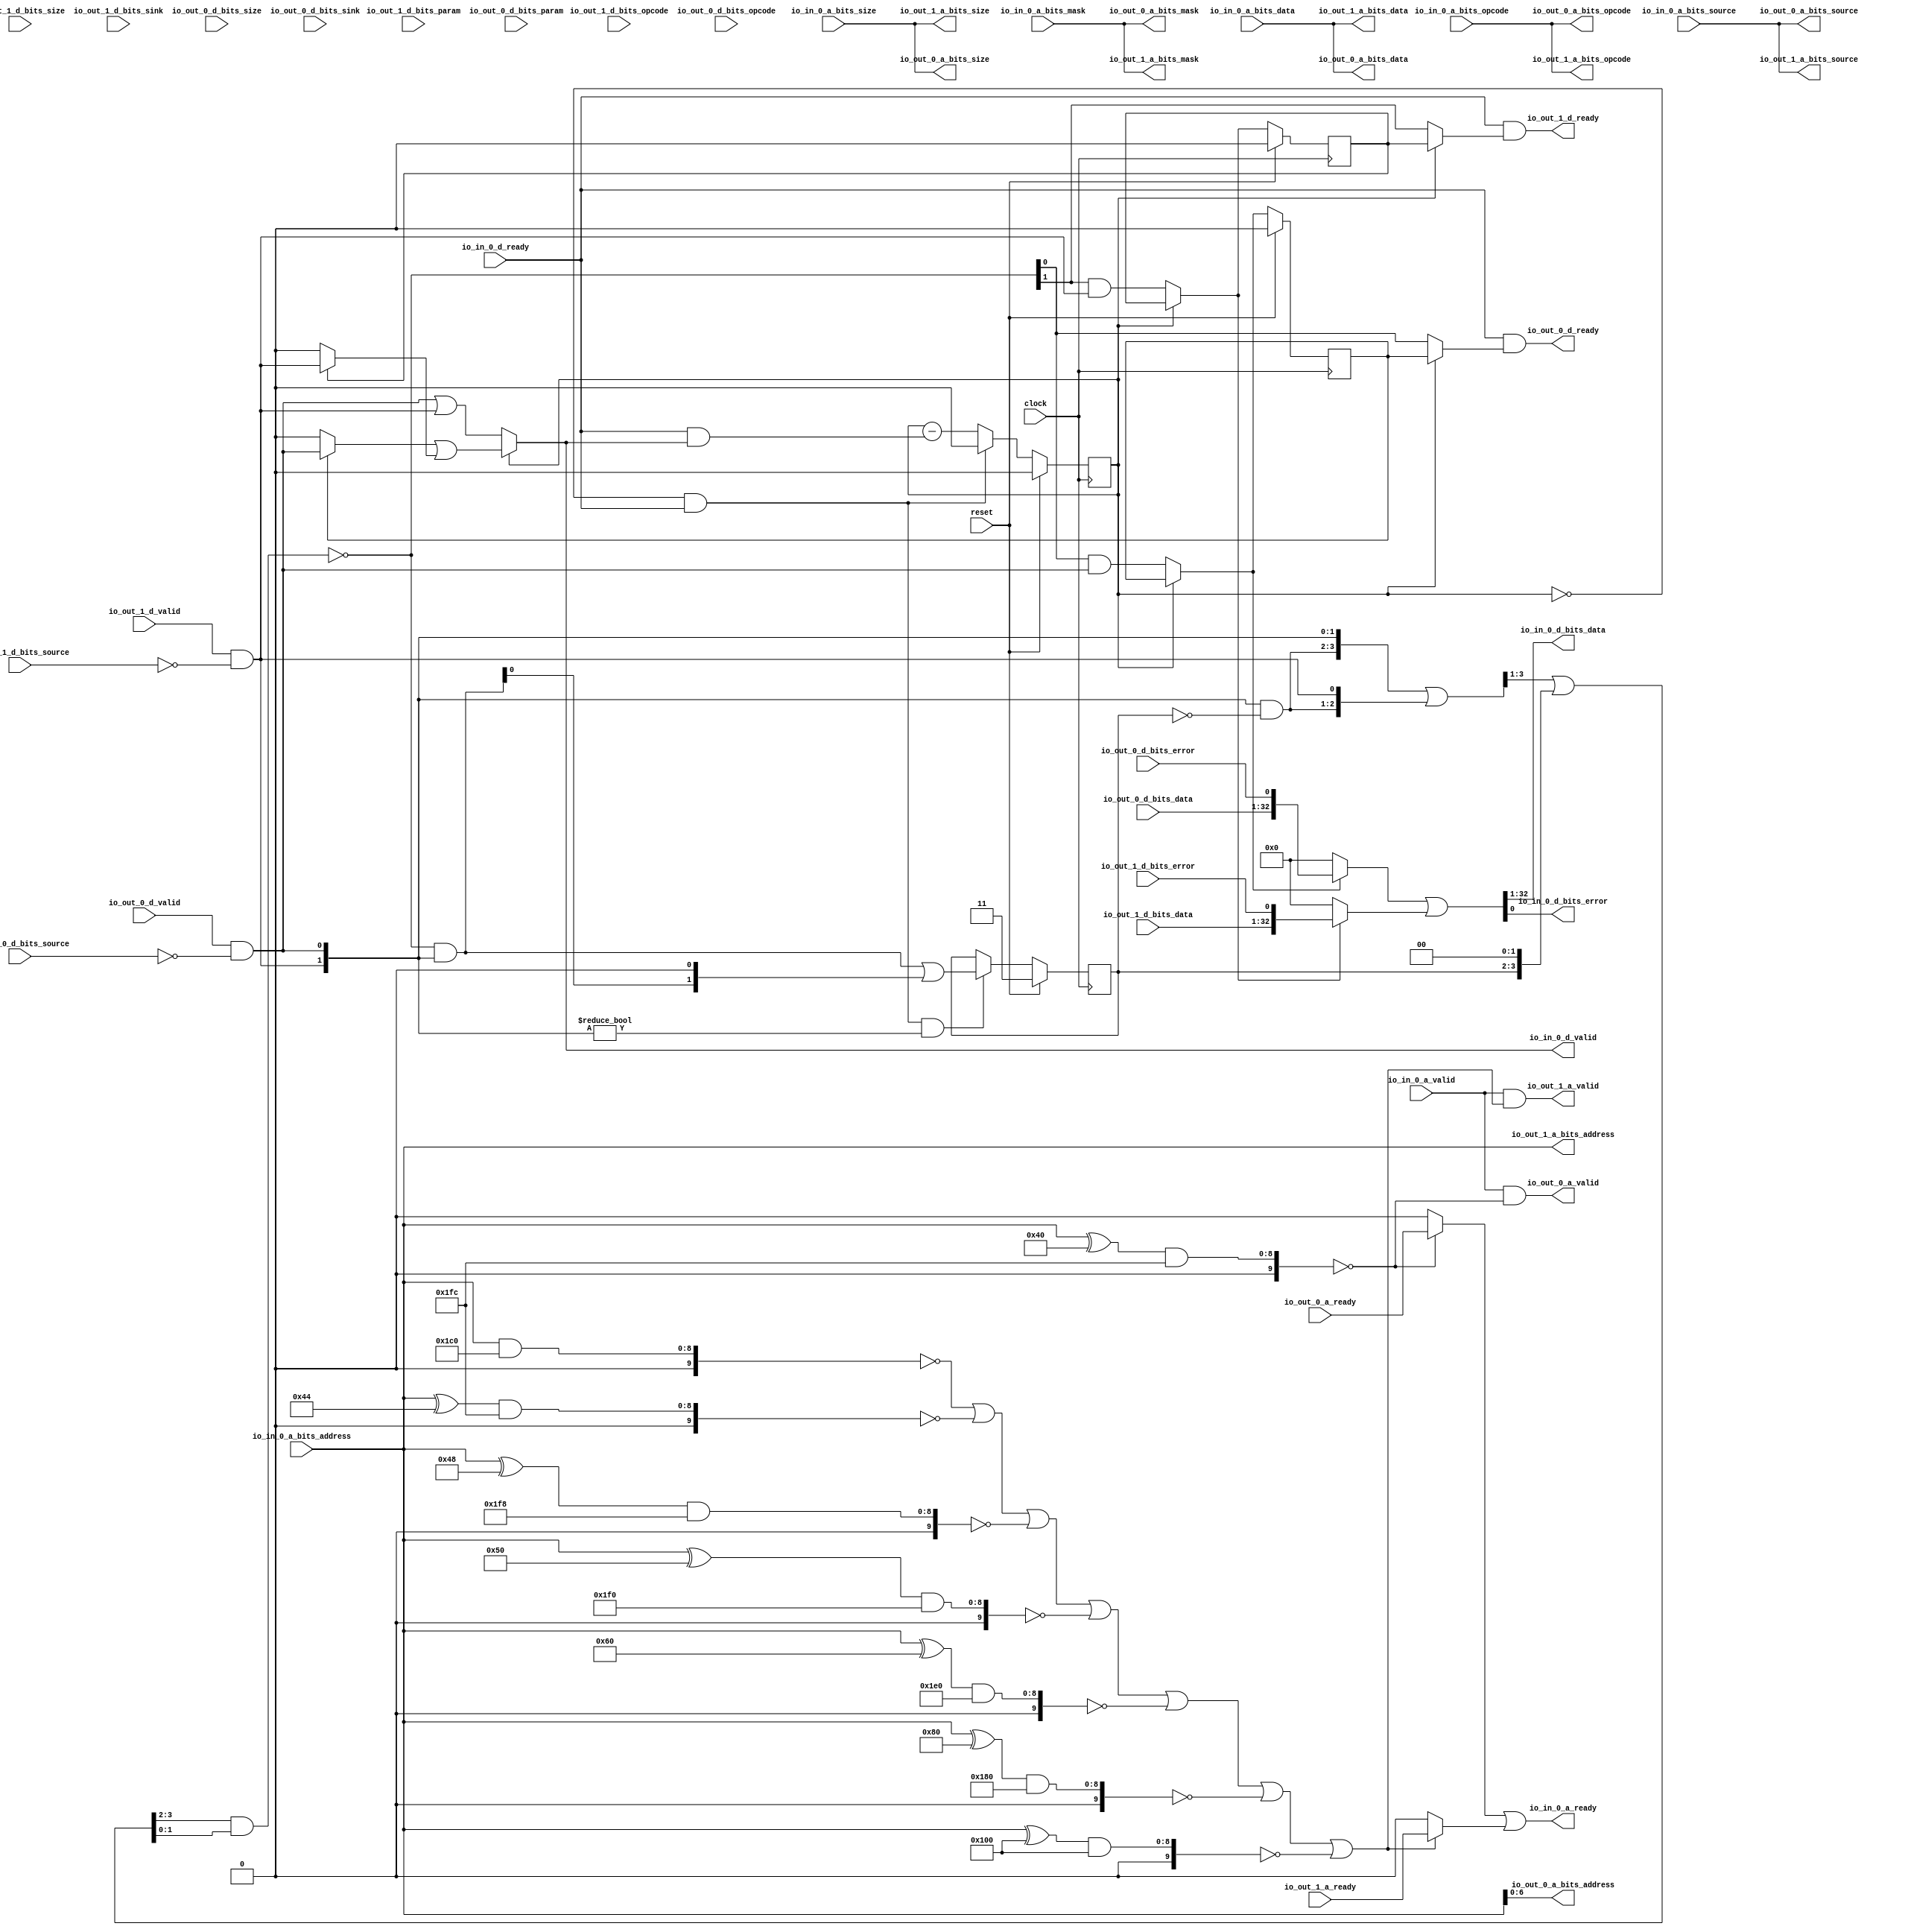
// Copyright (c) 2017, Microsemi Corporation
// All rights reserved.
//
// Redistribution and use in source and binary forms, with or without
// modification, are permitted provided that the following conditions are met:
//     * Redistributions of source code must retain the above copyright
//       notice, this list of conditions and the following disclaimer.
//     * Redistributions in binary form must reproduce the above copyright
//       notice, this list of conditions and the following disclaimer in the
//       documentation and/or other materials provided with the distribution.
//     * Neither the name of the <organization> nor the
//       names of its contributors may be used to endorse or promote products
//       derived from this software without specific prior written permission.
//
// THIS SOFTWARE IS PROVIDED BY THE COPYRIGHT HOLDERS AND CONTRIBUTORS "AS IS" AND
// ANY EXPRESS OR IMPLIED WARRANTIES, INCLUDING, BUT NOT LIMITED TO, THE IMPLIED
// WARRANTIES OF MERCHANTABILITY AND FITNESS FOR A PARTICULAR PURPOSE ARE
// DISCLAIMED. IN NO EVENT SHALL MICROSEMI CORPORATIONM BE LIABLE FOR ANY
// DIRECT, INDIRECT, INCIDENTAL, SPECIAL, EXEMPLARY, OR CONSEQUENTIAL DAMAGES
// (INCLUDING, BUT NOT LIMITED TO, PROCUREMENT OF SUBSTITUTE GOODS OR SERVICES;
// LOSS OF USE, DATA, OR PROFITS; OR BUSINESS INTERRUPTION) HOWEVER CAUSED AND
// ON ANY THEORY OF LIABILITY, WHETHER IN CONTRACT, STRICT LIABILITY, OR TORT
// (INCLUDING NEGLIGENCE OR OTHERWISE) ARISING IN ANY WAY OUT OF THE USE OF THIS
// SOFTWARE, EVEN IF ADVISED OF THE POSSIBILITY OF SUCH DAMAGE.
//
// APACHE LICENSE
// Copyright (c) 2017, Microsemi Corporation 
//
// Licensed under the Apache License, Version 2.0 (the "License");
// you may not use this file except in compliance with the License.
// You may obtain a copy of the License at
//
//    http://www.apache.org/licenses/LICENSE-2.0
//
// Unless required by applicable law or agreed to in writing, software
// distributed under the License is distributed on an "AS IS" BASIS,
// WITHOUT WARRANTIES OR CONDITIONS OF ANY KIND, either express or implied.
// See the License for the specific language governing permissions and
// limitations under the License.
//
// Description:
//
// SVN Revision Information:
// SVN $Revision: $
// SVN $Date: $
//
// Resolved SARs
// SAR      Date     Who   Description
//
// Notes:
//
// ****************************************************************************/
`define RANDOMIZE
`timescale 1ns/10ps
module PROC_SUBSYSTEM_MIV_RV32IMA_L1_AHB_0_MIV_RV32IMA_L1_AHB_TL_XBAR_DMI_XBAR(
  input         clock,
  input         reset,
  output        io_in_0_a_ready,
  input         io_in_0_a_valid,
  input  [2:0]  io_in_0_a_bits_opcode,
  input  [1:0]  io_in_0_a_bits_size,
  input         io_in_0_a_bits_source,
  input  [8:0]  io_in_0_a_bits_address,
  input  [3:0]  io_in_0_a_bits_mask,
  input  [31:0] io_in_0_a_bits_data,
  input         io_in_0_d_ready,
  output        io_in_0_d_valid,
  output [31:0] io_in_0_d_bits_data,
  output        io_in_0_d_bits_error,
  input         io_out_1_a_ready,
  output        io_out_1_a_valid,
  output [2:0]  io_out_1_a_bits_opcode,
  output [1:0]  io_out_1_a_bits_size,
  output        io_out_1_a_bits_source,
  output [8:0]  io_out_1_a_bits_address,
  output [3:0]  io_out_1_a_bits_mask,
  output [31:0] io_out_1_a_bits_data,
  output        io_out_1_d_ready,
  input         io_out_1_d_valid,
  input  [2:0]  io_out_1_d_bits_opcode,
  input  [1:0]  io_out_1_d_bits_param,
  input  [1:0]  io_out_1_d_bits_size,
  input         io_out_1_d_bits_source,
  input         io_out_1_d_bits_sink,
  input  [31:0] io_out_1_d_bits_data,
  input         io_out_1_d_bits_error,
  input         io_out_0_a_ready,
  output        io_out_0_a_valid,
  output [2:0]  io_out_0_a_bits_opcode,
  output [1:0]  io_out_0_a_bits_size,
  output        io_out_0_a_bits_source,
  output [6:0]  io_out_0_a_bits_address,
  output [3:0]  io_out_0_a_bits_mask,
  output [31:0] io_out_0_a_bits_data,
  output        io_out_0_d_ready,
  input         io_out_0_d_valid,
  input  [2:0]  io_out_0_d_bits_opcode,
  input  [1:0]  io_out_0_d_bits_param,
  input  [1:0]  io_out_0_d_bits_size,
  input         io_out_0_d_bits_source,
  input         io_out_0_d_bits_sink,
  input  [31:0] io_out_0_d_bits_data,
  input         io_out_0_d_bits_error
);
  wire [8:0] _T_634;
  wire [9:0] _T_635;
  wire [9:0] _T_637;
  wire [9:0] _T_638;
  wire  _T_640;
  wire [9:0] _T_643;
  wire [9:0] _T_645;
  wire [9:0] _T_646;
  wire  _T_648;
  wire [8:0] _T_650;
  wire [9:0] _T_651;
  wire [9:0] _T_653;
  wire [9:0] _T_654;
  wire  _T_656;
  wire [8:0] _T_658;
  wire [9:0] _T_659;
  wire [9:0] _T_661;
  wire [9:0] _T_662;
  wire  _T_664;
  wire [8:0] _T_666;
  wire [9:0] _T_667;
  wire [9:0] _T_669;
  wire [9:0] _T_670;
  wire  _T_672;
  wire [8:0] _T_674;
  wire [9:0] _T_675;
  wire [9:0] _T_677;
  wire [9:0] _T_678;
  wire  _T_680;
  wire [8:0] _T_682;
  wire [9:0] _T_683;
  wire [9:0] _T_685;
  wire [9:0] _T_686;
  wire  _T_688;
  wire [8:0] _T_690;
  wire [9:0] _T_691;
  wire [9:0] _T_693;
  wire [9:0] _T_694;
  wire  _T_696;
  wire  _T_697;
  wire  _T_698;
  wire  _T_699;
  wire  _T_700;
  wire  _T_701;
  wire  _T_702;
  wire  _T_967;
  wire  _T_975;
  wire  _T_1226;
  wire  _T_1227;
  wire  _T_1230;
  wire  _T_1232;
  wire  _T_1233;
  wire  _T_1354;
  wire  _T_1379;
  wire  _T_1450;
  wire  _T_1457;
  wire  _T_1458;
  wire  _T_1460;
  wire  _T_1524;
  wire  _T_1531;
  wire  _T_1532;
  wire  _T_1534;
  reg  _T_1575;
  reg [31:0] _RAND_0;
  wire  _T_1577;
  wire  _T_1578;
  wire [1:0] _T_1579;
  wire  _T_1581;
  wire  _T_1582;
  wire  _T_1584;
  reg [1:0] _T_1588;
  reg [31:0] _RAND_1;
  wire [1:0] _T_1589;
  wire [1:0] _T_1590;
  wire [3:0] _T_1591;
  wire [2:0] _T_1592;
  wire [3:0] _GEN_1;
  wire [3:0] _T_1593;
  wire [2:0] _T_1595;
  wire [3:0] _GEN_2;
  wire [3:0] _T_1596;
  wire [3:0] _GEN_3;
  wire [3:0] _T_1597;
  wire [1:0] _T_1598;
  wire [1:0] _T_1599;
  wire [1:0] _T_1600;
  wire [1:0] _T_1601;
  wire  _T_1603;
  wire  _T_1604;
  wire [1:0] _T_1605;
  wire [2:0] _GEN_4;
  wire [2:0] _T_1606;
  wire [1:0] _T_1607;
  wire [1:0] _T_1608;
  wire [1:0] _GEN_0;
  wire  _T_1611;
  wire  _T_1612;
  wire  _T_1620;
  wire  _T_1621;
  wire  _T_1631;
  wire  _T_1635;
  wire  _T_1640;
  wire  _T_1641;
  wire  _T_1643;
  wire  _T_1645;
  wire  _T_1646;
  wire  _T_1648;
  wire  _T_1650;
  wire  _T_1651;
  wire  _T_1653;
  wire  _T_1659;
  wire [1:0] _T_1660;
  wire [1:0] _T_1661;
  wire  _T_1662;
  wire  _T_1663;
  reg  _T_1681_0;
  reg [31:0] _RAND_2;
  reg  _T_1681_1;
  reg [31:0] _RAND_3;
  wire  _T_1692_0;
  wire  _T_1692_1;
  wire  _T_1700_0;
  wire  _T_1700_1;
  wire  _T_1708;
  wire  _T_1709;
  wire  _T_1713;
  wire  _T_1715;
  wire  _T_1716;
  wire  _T_1719;
  wire [32:0] _T_1721;
  wire [33:0] _T_1722;
  wire [2:0] _T_1723;
  wire [4:0] _T_1724;
  wire [7:0] _T_1725;
  wire [41:0] _T_1726;
  wire [41:0] _T_1728;
  wire [32:0] _T_1729;
  wire [33:0] _T_1730;
  wire [2:0] _T_1731;
  wire [4:0] _T_1732;
  wire [7:0] _T_1733;
  wire [41:0] _T_1734;
  wire [41:0] _T_1736;
  wire [41:0] _T_1737;
  wire  _T_1742;
  wire [31:0] _T_1743;
  assign io_in_0_a_ready = _T_1233;
  assign io_in_0_d_valid = _T_1719;
  assign io_in_0_d_bits_data = _T_1743;
  assign io_in_0_d_bits_error = _T_1742;
  assign io_out_1_a_valid = _T_1227;
  assign io_out_1_a_bits_opcode = io_in_0_a_bits_opcode;
  assign io_out_1_a_bits_size = io_in_0_a_bits_size;
  assign io_out_1_a_bits_source = io_in_0_a_bits_source;
  assign io_out_1_a_bits_address = io_in_0_a_bits_address;
  assign io_out_1_a_bits_mask = io_in_0_a_bits_mask;
  assign io_out_1_a_bits_data = io_in_0_a_bits_data;
  assign io_out_1_d_ready = _T_1709;
  assign io_out_0_a_valid = _T_1226;
  assign io_out_0_a_bits_opcode = io_in_0_a_bits_opcode;
  assign io_out_0_a_bits_size = io_in_0_a_bits_size;
  assign io_out_0_a_bits_source = io_in_0_a_bits_source;
  assign io_out_0_a_bits_address = io_in_0_a_bits_address[6:0];
  assign io_out_0_a_bits_mask = io_in_0_a_bits_mask;
  assign io_out_0_a_bits_data = io_in_0_a_bits_data;
  assign io_out_0_d_ready = _T_1708;
  assign _T_634 = io_in_0_a_bits_address ^ 9'h40;
  assign _T_635 = {1'b0,$signed(_T_634)};
  assign _T_637 = $signed(_T_635) & $signed(10'sh1fc);
  assign _T_638 = $signed(_T_637);
  assign _T_640 = $signed(_T_638) == $signed(10'sh0);
  assign _T_643 = {1'b0,$signed(io_in_0_a_bits_address)};
  assign _T_645 = $signed(_T_643) & $signed(10'sh1c0);
  assign _T_646 = $signed(_T_645);
  assign _T_648 = $signed(_T_646) == $signed(10'sh0);
  assign _T_650 = io_in_0_a_bits_address ^ 9'h44;
  assign _T_651 = {1'b0,$signed(_T_650)};
  assign _T_653 = $signed(_T_651) & $signed(10'sh1fc);
  assign _T_654 = $signed(_T_653);
  assign _T_656 = $signed(_T_654) == $signed(10'sh0);
  assign _T_658 = io_in_0_a_bits_address ^ 9'h48;
  assign _T_659 = {1'b0,$signed(_T_658)};
  assign _T_661 = $signed(_T_659) & $signed(10'sh1f8);
  assign _T_662 = $signed(_T_661);
  assign _T_664 = $signed(_T_662) == $signed(10'sh0);
  assign _T_666 = io_in_0_a_bits_address ^ 9'h50;
  assign _T_667 = {1'b0,$signed(_T_666)};
  assign _T_669 = $signed(_T_667) & $signed(10'sh1f0);
  assign _T_670 = $signed(_T_669);
  assign _T_672 = $signed(_T_670) == $signed(10'sh0);
  assign _T_674 = io_in_0_a_bits_address ^ 9'h60;
  assign _T_675 = {1'b0,$signed(_T_674)};
  assign _T_677 = $signed(_T_675) & $signed(10'sh1e0);
  assign _T_678 = $signed(_T_677);
  assign _T_680 = $signed(_T_678) == $signed(10'sh0);
  assign _T_682 = io_in_0_a_bits_address ^ 9'h80;
  assign _T_683 = {1'b0,$signed(_T_682)};
  assign _T_685 = $signed(_T_683) & $signed(10'sh180);
  assign _T_686 = $signed(_T_685);
  assign _T_688 = $signed(_T_686) == $signed(10'sh0);
  assign _T_690 = io_in_0_a_bits_address ^ 9'h100;
  assign _T_691 = {1'b0,$signed(_T_690)};
  assign _T_693 = $signed(_T_691) & $signed(10'sh100);
  assign _T_694 = $signed(_T_693);
  assign _T_696 = $signed(_T_694) == $signed(10'sh0);
  assign _T_697 = _T_648 | _T_656;
  assign _T_698 = _T_697 | _T_664;
  assign _T_699 = _T_698 | _T_672;
  assign _T_700 = _T_699 | _T_680;
  assign _T_701 = _T_700 | _T_688;
  assign _T_702 = _T_701 | _T_696;
  assign _T_967 = io_out_0_d_bits_source == 1'h0;
  assign _T_975 = io_out_1_d_bits_source == 1'h0;
  assign _T_1226 = io_in_0_a_valid & _T_640;
  assign _T_1227 = io_in_0_a_valid & _T_702;
  assign _T_1230 = _T_640 ? io_out_0_a_ready : 1'h0;
  assign _T_1232 = _T_702 ? io_out_1_a_ready : 1'h0;
  assign _T_1233 = _T_1230 | _T_1232;
  assign _T_1354 = io_out_0_d_valid & _T_967;
  assign _T_1379 = io_out_1_d_valid & _T_975;
  assign _T_1450 = _T_1226 == 1'h0;
  assign _T_1457 = _T_1450 | _T_1226;
  assign _T_1458 = _T_1457 | reset;
  assign _T_1460 = _T_1458 == 1'h0;
  assign _T_1524 = _T_1227 == 1'h0;
  assign _T_1531 = _T_1524 | _T_1227;
  assign _T_1532 = _T_1531 | reset;
  assign _T_1534 = _T_1532 == 1'h0;
  assign _T_1577 = _T_1575 == 1'h0;
  assign _T_1578 = _T_1577 & io_in_0_d_ready;
  assign _T_1579 = {_T_1379,_T_1354};
  assign _T_1581 = _T_1579 == _T_1579;
  assign _T_1582 = _T_1581 | reset;
  assign _T_1584 = _T_1582 == 1'h0;
  assign _T_1589 = ~ _T_1588;
  assign _T_1590 = _T_1579 & _T_1589;
  assign _T_1591 = {_T_1590,_T_1579};
  assign _T_1592 = _T_1591[3:1];
  assign _GEN_1 = {{1'd0}, _T_1592};
  assign _T_1593 = _T_1591 | _GEN_1;
  assign _T_1595 = _T_1593[3:1];
  assign _GEN_2 = {{2'd0}, _T_1588};
  assign _T_1596 = _GEN_2 << 2;
  assign _GEN_3 = {{1'd0}, _T_1595};
  assign _T_1597 = _GEN_3 | _T_1596;
  assign _T_1598 = _T_1597[3:2];
  assign _T_1599 = _T_1597[1:0];
  assign _T_1600 = _T_1598 & _T_1599;
  assign _T_1601 = ~ _T_1600;
  assign _T_1603 = _T_1579 != 2'h0;
  assign _T_1604 = _T_1578 & _T_1603;
  assign _T_1605 = _T_1601 & _T_1579;
  assign _GEN_4 = {{1'd0}, _T_1605};
  assign _T_1606 = _GEN_4 << 1;
  assign _T_1607 = _T_1606[1:0];
  assign _T_1608 = _T_1605 | _T_1607;
  assign _GEN_0 = _T_1604 ? _T_1608 : _T_1588;
  assign _T_1611 = _T_1601[0];
  assign _T_1612 = _T_1601[1];
  assign _T_1620 = _T_1611 & _T_1354;
  assign _T_1621 = _T_1612 & _T_1379;
  assign _T_1631 = _T_1620 | _T_1621;
  assign _T_1635 = _T_1620 == 1'h0;
  assign _T_1640 = _T_1621 == 1'h0;
  assign _T_1641 = _T_1635 | _T_1640;
  assign _T_1643 = _T_1641 | reset;
  assign _T_1645 = _T_1643 == 1'h0;
  assign _T_1646 = _T_1354 | _T_1379;
  assign _T_1648 = _T_1646 == 1'h0;
  assign _T_1650 = _T_1648 | _T_1631;
  assign _T_1651 = _T_1650 | reset;
  assign _T_1653 = _T_1651 == 1'h0;
  assign _T_1659 = io_in_0_d_ready & _T_1719;
  assign _T_1660 = _T_1575 - _T_1659;
  assign _T_1661 = $unsigned(_T_1660);
  assign _T_1662 = _T_1661[0:0];
  assign _T_1663 = _T_1578 ? 1'h0 : _T_1662;
  assign _T_1692_0 = _T_1577 ? _T_1620 : _T_1681_0;
  assign _T_1692_1 = _T_1577 ? _T_1621 : _T_1681_1;
  assign _T_1700_0 = _T_1577 ? _T_1611 : _T_1681_0;
  assign _T_1700_1 = _T_1577 ? _T_1612 : _T_1681_1;
  assign _T_1708 = io_in_0_d_ready & _T_1700_0;
  assign _T_1709 = io_in_0_d_ready & _T_1700_1;
  assign _T_1713 = _T_1681_0 ? _T_1354 : 1'h0;
  assign _T_1715 = _T_1681_1 ? _T_1379 : 1'h0;
  assign _T_1716 = _T_1713 | _T_1715;
  assign _T_1719 = _T_1577 ? _T_1646 : _T_1716;
  assign _T_1721 = {io_out_0_d_bits_sink,io_out_0_d_bits_data};
  assign _T_1722 = {_T_1721,io_out_0_d_bits_error};
  assign _T_1723 = {io_out_0_d_bits_size,io_out_0_d_bits_source};
  assign _T_1724 = {io_out_0_d_bits_opcode,io_out_0_d_bits_param};
  assign _T_1725 = {_T_1724,_T_1723};
  assign _T_1726 = {_T_1725,_T_1722};
  assign _T_1728 = _T_1692_0 ? _T_1726 : 42'h0;
  assign _T_1729 = {io_out_1_d_bits_sink,io_out_1_d_bits_data};
  assign _T_1730 = {_T_1729,io_out_1_d_bits_error};
  assign _T_1731 = {io_out_1_d_bits_size,io_out_1_d_bits_source};
  assign _T_1732 = {io_out_1_d_bits_opcode,io_out_1_d_bits_param};
  assign _T_1733 = {_T_1732,_T_1731};
  assign _T_1734 = {_T_1733,_T_1730};
  assign _T_1736 = _T_1692_1 ? _T_1734 : 42'h0;
  assign _T_1737 = _T_1728 | _T_1736;
  assign _T_1742 = _T_1737[0];
  assign _T_1743 = _T_1737[32:1];
`ifdef RANDOMIZE
  integer initvar;
  initial begin
    `ifndef verilator
      #0.002 begin end
    `endif
  `ifdef RANDOMIZE_REG_INIT
  _RAND_0 = {1{$random}};
  _T_1575 = _RAND_0[0:0];
  `endif // RANDOMIZE_REG_INIT
  `ifdef RANDOMIZE_REG_INIT
  _RAND_1 = {1{$random}};
  _T_1588 = _RAND_1[1:0];
  `endif // RANDOMIZE_REG_INIT
  `ifdef RANDOMIZE_REG_INIT
  _RAND_2 = {1{$random}};
  _T_1681_0 = _RAND_2[0:0];
  `endif // RANDOMIZE_REG_INIT
  `ifdef RANDOMIZE_REG_INIT
  _RAND_3 = {1{$random}};
  _T_1681_1 = _RAND_3[0:0];
  `endif // RANDOMIZE_REG_INIT
  end
`endif // RANDOMIZE
  always @(posedge clock) begin
    if (reset) begin
      _T_1575 <= 1'h0;
    end else begin
      if (_T_1578) begin
        _T_1575 <= 1'h0;
      end else begin
        _T_1575 <= _T_1662;
      end
    end
    if (reset) begin
      _T_1588 <= 2'h3;
    end else begin
      if (_T_1604) begin
        _T_1588 <= _T_1608;
      end
    end
    if (reset) begin
      _T_1681_0 <= 1'h0;
    end else begin
      if (_T_1577) begin
        _T_1681_0 <= _T_1620;
      end
    end
    if (reset) begin
      _T_1681_1 <= 1'h0;
    end else begin
      if (_T_1577) begin
        _T_1681_1 <= _T_1621;
      end
    end
    `ifndef SYNTHESIS
    `ifdef PRINTF_COND
      if (`PRINTF_COND) begin
    `endif
        if (1'h0) begin
          $fwrite(32'h80000002,"Assertion failed\n    at Arbiter.scala:66 assert((prefixOR zip winner) map { case (p,w) => !p || !w } reduce {_ && _})\n");
        end
    `ifdef PRINTF_COND
      end
    `endif
    `endif // SYNTHESIS
    `ifndef SYNTHESIS
    `ifdef STOP_COND
      if (`STOP_COND) begin
    `endif
        if (1'h0) begin
          $fatal;
        end
    `ifdef STOP_COND
      end
    `endif
    `endif // SYNTHESIS
    `ifndef SYNTHESIS
    `ifdef PRINTF_COND
      if (`PRINTF_COND) begin
    `endif
        if (_T_1460) begin
          $fwrite(32'h80000002,"Assertion failed\n    at Arbiter.scala:68 assert (!valids.reduce(_||_) || winner.reduce(_||_))\n");
        end
    `ifdef PRINTF_COND
      end
    `endif
    `endif // SYNTHESIS
    `ifndef SYNTHESIS
    `ifdef STOP_COND
      if (`STOP_COND) begin
    `endif
        if (_T_1460) begin
          $fatal;
        end
    `ifdef STOP_COND
      end
    `endif
    `endif // SYNTHESIS
    `ifndef SYNTHESIS
    `ifdef PRINTF_COND
      if (`PRINTF_COND) begin
    `endif
        if (1'h0) begin
          $fwrite(32'h80000002,"Assertion failed\n    at Arbiter.scala:66 assert((prefixOR zip winner) map { case (p,w) => !p || !w } reduce {_ && _})\n");
        end
    `ifdef PRINTF_COND
      end
    `endif
    `endif // SYNTHESIS
    `ifndef SYNTHESIS
    `ifdef STOP_COND
      if (`STOP_COND) begin
    `endif
        if (1'h0) begin
          $fatal;
        end
    `ifdef STOP_COND
      end
    `endif
    `endif // SYNTHESIS
    `ifndef SYNTHESIS
    `ifdef PRINTF_COND
      if (`PRINTF_COND) begin
    `endif
        if (_T_1534) begin
          $fwrite(32'h80000002,"Assertion failed\n    at Arbiter.scala:68 assert (!valids.reduce(_||_) || winner.reduce(_||_))\n");
        end
    `ifdef PRINTF_COND
      end
    `endif
    `endif // SYNTHESIS
    `ifndef SYNTHESIS
    `ifdef STOP_COND
      if (`STOP_COND) begin
    `endif
        if (_T_1534) begin
          $fatal;
        end
    `ifdef STOP_COND
      end
    `endif
    `endif // SYNTHESIS
    `ifndef SYNTHESIS
    `ifdef PRINTF_COND
      if (`PRINTF_COND) begin
    `endif
        if (_T_1584) begin
          $fwrite(32'h80000002,"Assertion failed\n    at Arbiter.scala:19 assert (valid === valids)\n");
        end
    `ifdef PRINTF_COND
      end
    `endif
    `endif // SYNTHESIS
    `ifndef SYNTHESIS
    `ifdef STOP_COND
      if (`STOP_COND) begin
    `endif
        if (_T_1584) begin
          $fatal;
        end
    `ifdef STOP_COND
      end
    `endif
    `endif // SYNTHESIS
    `ifndef SYNTHESIS
    `ifdef PRINTF_COND
      if (`PRINTF_COND) begin
    `endif
        if (_T_1645) begin
          $fwrite(32'h80000002,"Assertion failed\n    at Arbiter.scala:66 assert((prefixOR zip winner) map { case (p,w) => !p || !w } reduce {_ && _})\n");
        end
    `ifdef PRINTF_COND
      end
    `endif
    `endif // SYNTHESIS
    `ifndef SYNTHESIS
    `ifdef STOP_COND
      if (`STOP_COND) begin
    `endif
        if (_T_1645) begin
          $fatal;
        end
    `ifdef STOP_COND
      end
    `endif
    `endif // SYNTHESIS
    `ifndef SYNTHESIS
    `ifdef PRINTF_COND
      if (`PRINTF_COND) begin
    `endif
        if (_T_1653) begin
          $fwrite(32'h80000002,"Assertion failed\n    at Arbiter.scala:68 assert (!valids.reduce(_||_) || winner.reduce(_||_))\n");
        end
    `ifdef PRINTF_COND
      end
    `endif
    `endif // SYNTHESIS
    `ifndef SYNTHESIS
    `ifdef STOP_COND
      if (`STOP_COND) begin
    `endif
        if (_T_1653) begin
          $fatal;
        end
    `ifdef STOP_COND
      end
    `endif
    `endif // SYNTHESIS
  end
endmodule